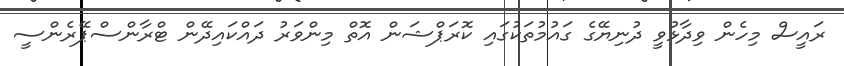
ރައީސް މިހެން ވިދާޅުވީ ދުނިޔޭގެ ގައުމުތަކުގައި ކޮރަޕްޝަން އޮތް މިންވަރު ދައްކައިދޭން ޓްރާންސްޕޭރެންސީ